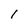
Character: I